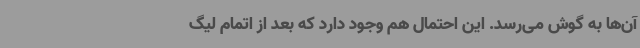
آن‌ها به گوش می‌رسد. این احتمال هم وجود دارد که بعد از اتمام لیگ